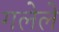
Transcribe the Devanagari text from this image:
गलेले